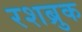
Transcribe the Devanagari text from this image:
रशब्रुक